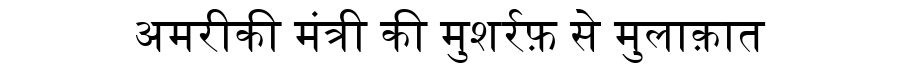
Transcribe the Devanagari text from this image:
अमरीकी मंत्री की मुशर्रफ़ से मुलाक़ात